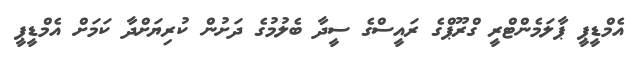
އެމްޑީޕީ ޕާލަމެންޓްރީ ގްރޫޕްގެ ރައީސްގެ ސީދާ ބެލުމުގެ ދަށުން ކުރިޔަށްދާ ކަމަށް އެމްޑީޕީ